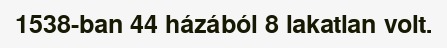
1538-ban 44 házából 8 lakatlan volt.